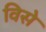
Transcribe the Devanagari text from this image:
विसे